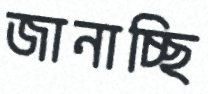
জানাচ্ছি